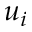
u _ { i }